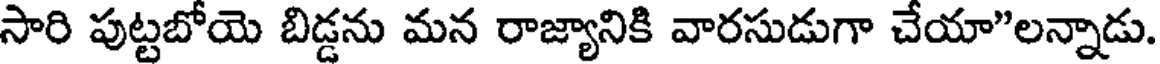
సారి పుట్టబోయె బిడ్డను మన రాజ్యానికి వారసుడుగా చేయా"లన్నాడు.